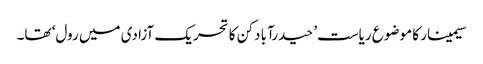
سیمینار کا موضوع ریاست’ حیدرآبا دکن کا تحریک آزادی میں رول‘ تھا۔